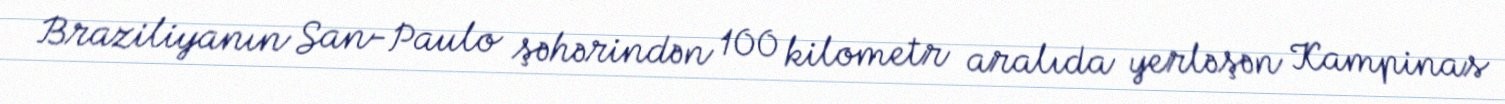
Braziliyanın San-Paulo şəhərindən 100 kilometr aralıda yerləşən Kampinas